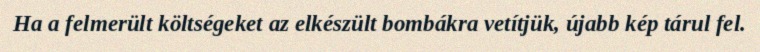
Ha a felmerült költségeket az elkészült bombákra vetítjük, újabb kép tárul fel.